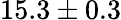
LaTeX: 15.3\pm 0.3